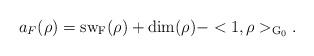
LaTeX: \begin{align*} a_F(\rho)=\rm{sw}_F(\rho)+\rm{dim}(\rho)-<1,\rho>_{G_0}.\end{align*}